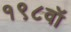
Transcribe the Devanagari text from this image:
१९८वॉ